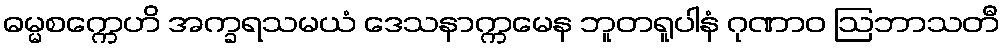
ဓမ္မစက္ကေဟိ အက္ခရသမယံ ဒေသနာက္ကမေန ဘူတရူပါနံ ဂုဏာဝ ဩဘာသတီ